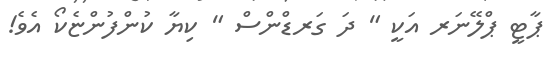
ޕާޓީ ޕްލޭނަރ އަކީ " ދަ ގަރޑްންސް " ކިޔާ ކުންފުންޏެކޯ އެވެ!